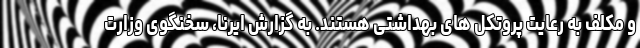
و مکلف به رعایت پروتکل های بهداشتی هستند. به گزارش ایرنا، سخنگوی وزارت